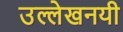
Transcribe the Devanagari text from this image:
उल्लेखनयी